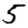
Digit: 5